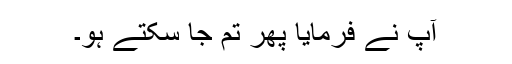
آپؐ نے فرمایا پھر تم جا سکتے ہو۔